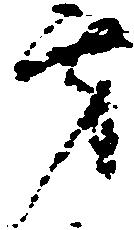
方